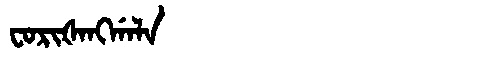
Manchu: ᠸᠣᡵᡳᡧᠠᠩᡤᠠᠯᠠ
Romanization: FORIŠANGGALA